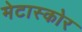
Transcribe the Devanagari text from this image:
मेटास्कोर